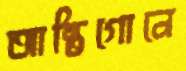
আন্তিগোনে